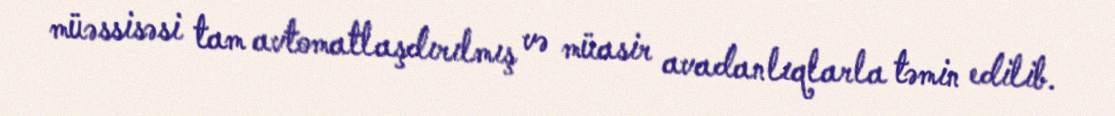
müəssisəsi tam avtomatlaşdırılmış və müasir avadanlıqlarla təmin edilib.